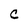
Character: C